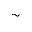
\sim